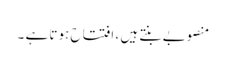
منصوبے بنتے ہیں ، افتتاح ہوتا ہے ۔